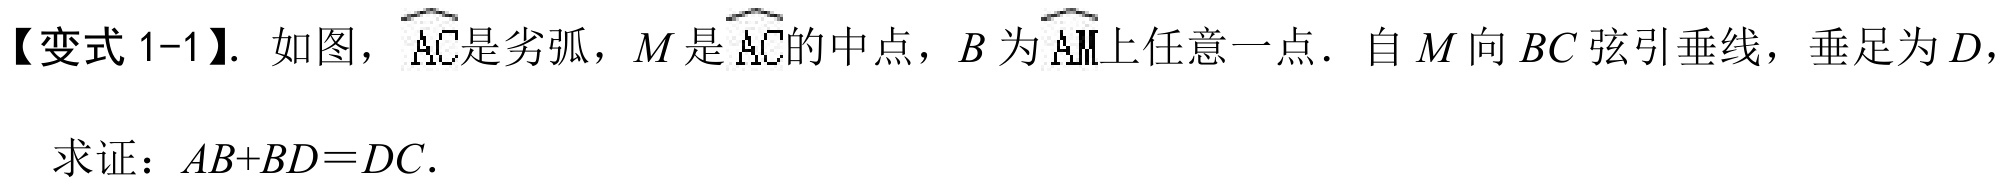
【变式 1-1】. 如图，\(\overset{\frown}{AC}\)是劣弧，\(M\) 是 \(\overset{\frown}{AC}\)的中点，\(B\) 为 \(\overset{\frown}{AM}\)上任意一点. 自 \(M\) 向 \(BC\) 弦引垂线，垂足为 \(D\)，
求证：\(AB + BD=DC\).